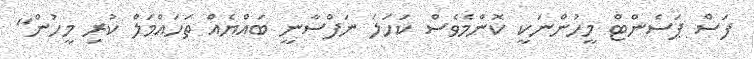
ފަސް ޕަސެންޓް މީހުންނަކީ ކޮންމެވެސް ކަހަލަ ނަފްސާނީ ބައްޔެއް ތަހައްމަލް ކުރި މީހުން"